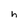
Character: h